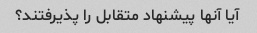
آیا آنها پیشنهاد متقابل را پذیرفتند؟